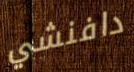
دافنشي